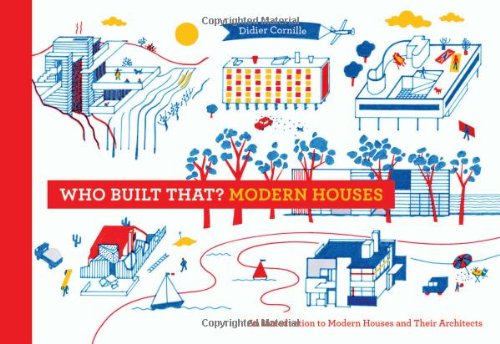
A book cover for Who Built That? Modern Houses: An Introduction to Modern Houses and Their Architects; Didier Cornille; Children's Books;